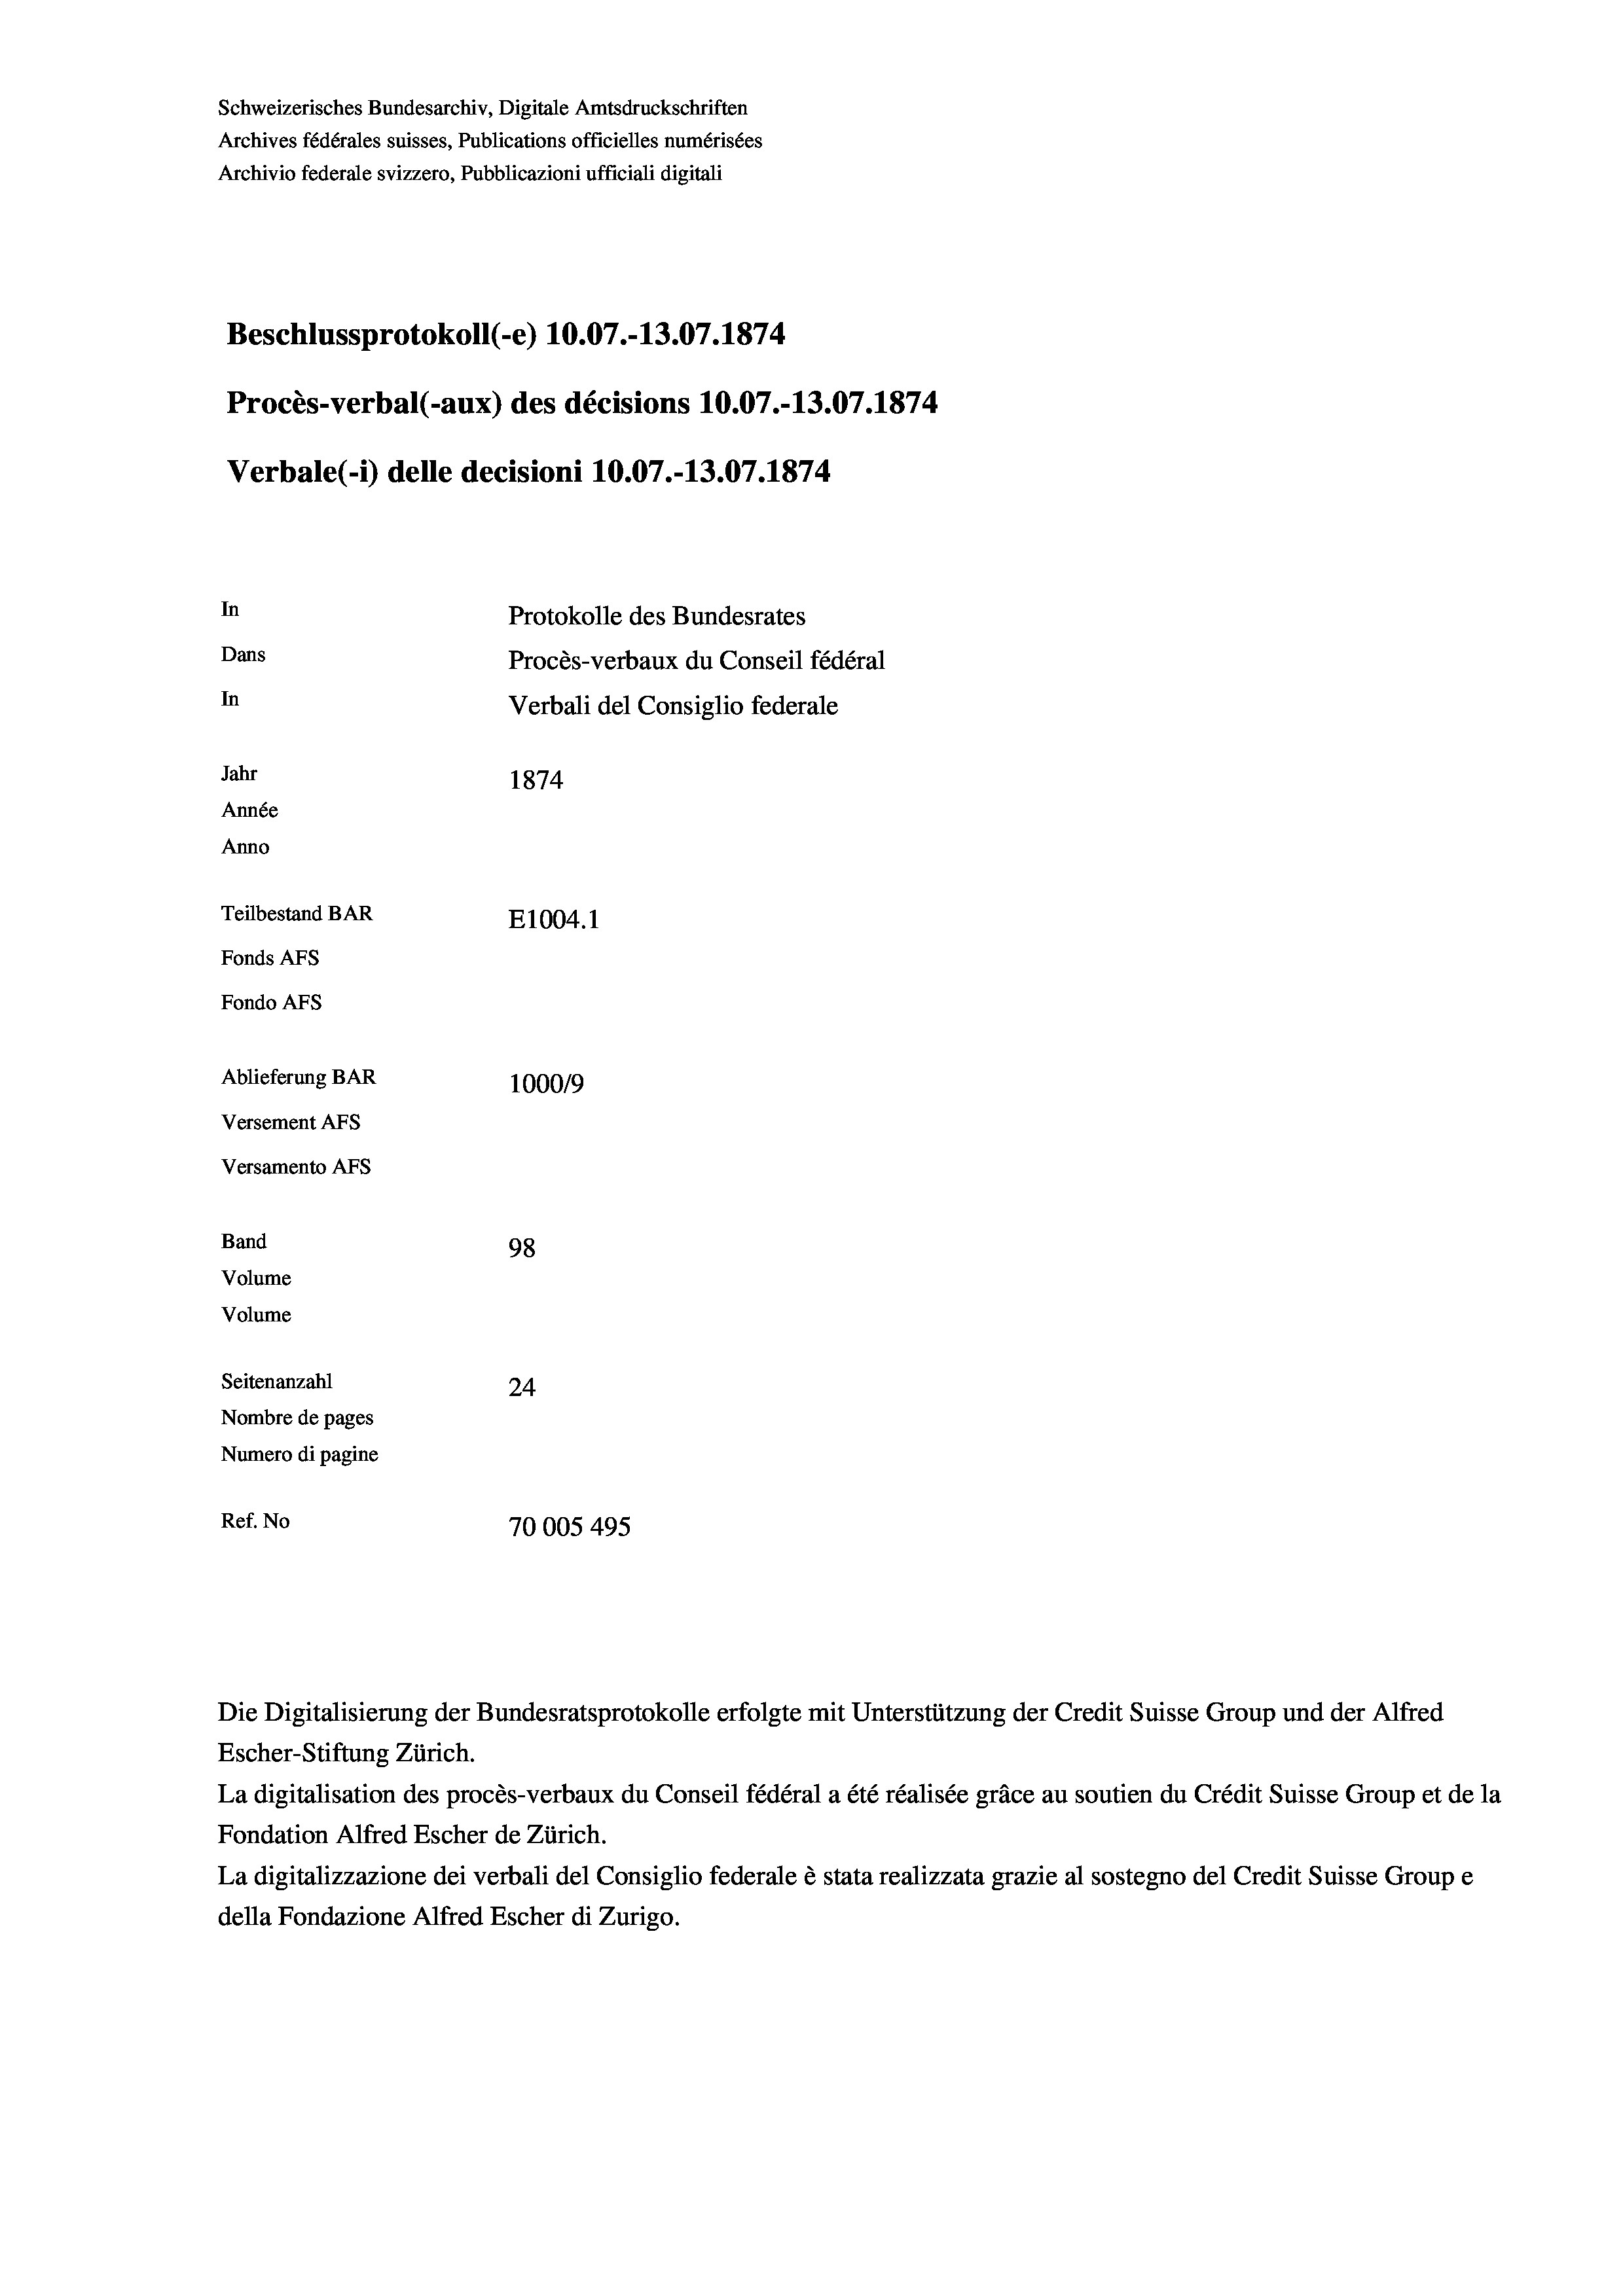
Schweizerisches Bundesarchiv, Digitale Amtsdruckschriften
Archives fédérales suisses, Publications officielles numérisées
Archivio federale svizzero, Pubblicazioni ufficiali digitali
Beschlussprotokoll (-e) 10.07.-13.07. 1874
Procès-verbal (-aux) des décisions 10.07.-13.07.1874
Verbale (- 1) delle decisioni 10.07.-13.07. 1874
In
Protokolle des Bundesrates
Dans
Procès-verbaux du Conseil fédéral
In
Verbali del Consiglio federale
Jahr
1874
Année
Anno
Teilbestand BAR
E1004. 1
Fonds AFs
Fondo AFs
Ablieferung BAR
1000/9
Versement AFs
Versamento AFs
Band
98
Volume
Volume
Seitenanzahl
24
Nombre de pages
Numero di pagine
Ref. No
70005 495

Die Digitalisierung der Bundesratsprotokolle erfolgte mit Unterstützung der Credit Suisse Group und der Alfred
Escher-Stiftung Zürich.
La digitalisation des procès-verbaux du Conseil fédéral a été réalisée gräce au soutien du Crédit Suisse Group et de la
Fondation Alfred Escher de Zürich.
La digitalizzazione dei verbali del Consiglio federale è stata realizzata grazie al sostegno del Credit Suisse Groupe
della Fondazione Alfred Escher di Zurigo.